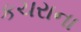
કચરાના